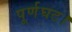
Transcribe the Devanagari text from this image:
पूर्णघट।